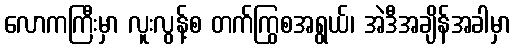
လောကကြီးမှာ လူးလွန့်စ တက်ကြွစအရွယ်၊ အဲဒီအချိန်အခါမှာ